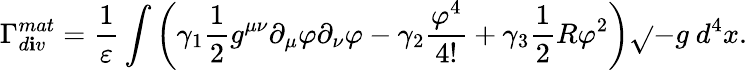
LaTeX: \Gamma_{d\mathbf{i}v}^{mat}=\frac{{1}}{{\varepsilon}}\int\left(\gamma_{1}\frac{{1}}{{2}}g^{\mu\nu}\partial_{\mu}\varphi\partial_{\nu}\varphi-\gamma_{2}\frac{{\varphi^{4}}}{{4!}}+\gamma_{3}\frac{{1}}{{2}}R\varphi^{2}\right)\sqrt{}{{-g}}~d^{4}x.